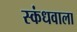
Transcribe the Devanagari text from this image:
स्कंधवाला